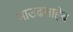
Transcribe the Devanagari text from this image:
भाउढसाहेब